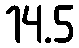
14.5